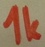
Text: 1k